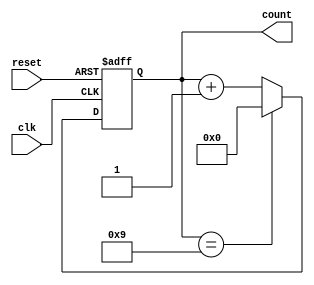
module bcd_counter (
    input wire clk,        // Clock input
    input wire reset,      // Asynchronous reset
    output reg [3:0] count // 4-bit output for BCD count
);

// Always block to handle the counting and reset logic
always @(posedge clk or posedge reset) begin
    if (reset) begin
        count <= 4'b0000; // Reset the count to 0
    end else begin
        if (count == 4'b1001) begin
            count <= 4'b0000; // Reset to 0 if count exceeds 9
        end else begin
            count <= count + 1; // Increment the count
        end
    end
end

endmodule